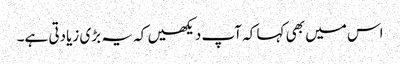
اس میں بھی کہا کہ آپ دیکھیں کہ یہ بڑی زیادتی ہے۔